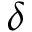
\delta